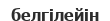
белгілейін